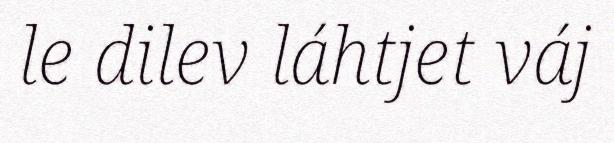
le dilev láhtjet váj